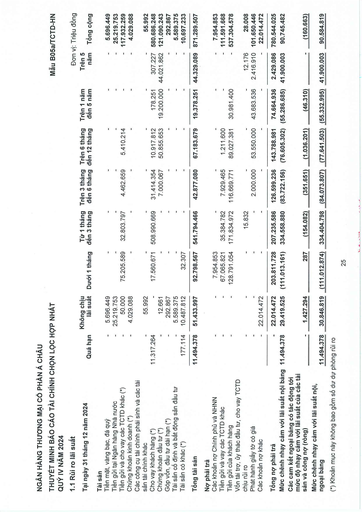
|1.1 Rủi ro lãi suất||||||||Đơn vị: Triệu đồng| |---|---|---|---|---|---|---|---|---| |Tại ngày 31 tháng 12 năm 2024|Quá hạn|Không chịu lãi suất|Dưới 1 tháng|Từ 1 tháng đến 3 tháng|Trên 3 tháng đến 6 tháng|Trên 6 tháng đến 12 tháng|Trên 1 năm đến 5 năm|Trên 5 năm|Tổng cộng| |Tài sản|||||||||| |Tiền mặt, vàng bạc, đá quý|-|5.696.449|-|-|-|-|-|-|5.696.449| |Tiền gửi tại Ngân hàng Nhà nước|-|25.219.753|-|-|-|-|-|-|25.219.753| |Tiền gửi và cho vay các TCTD khác (*)|-|50.000|75.205.589|32.803.797|4.462.659|5.410.214|-|-|117.932.259| |Chứng khoán kinh doanh (*)|-|4.029.088|-|-|-|-|-|-|4.029.088| |Các công cụ tài chính phái sinh và các tài|||||||||| |sản tài chính khác|-|55.992|-|-|-|-|-|-|55.992| |Cho vay khách hàng (*)|11.317.264|-|17.560.671|508.990.669|31.414.354|10.917.812|178.251|307.227|580.686.248| |Chứng khoán đầu tư (*)|-|12.661|-|-|7.000.067|50.855.653|19.200.000|44.021.862|121.090.243| |Góp vốn, đầu tư dài hạn (*)|-|292.867|-|-|-|-|-|-|292.867| |Tài sản cố định và bất động sản đầu tư|-|5.589.375|-|-|-|-|-|-|5.589.375| |Tài sản có khác (*)|177.114|10.487.812|32.307|-|-|-|-|-|10.697.233| |Tổng tài sản|11.494.378|51.433.997|92.798.567|541.794.466|42.877.080|67.183.679|19.378.251|44.329.089|871.289.507| |Nợ phải trả|||||||||| |Các khoản nợ Chính phủ và NHNN|-|-|7.954.853|-|-|-|-|-|7.954.853| |Tiền gửi và vay các TCTD khác|-|-|67.065.821|35.384.782|7.929.465|1.211.600|-|-|111.591.668| |Tiền gửi của khách hàng|-|-|128.791.054|171.834.972|116.669.771|89.027.381|30.981.400|-|537.304.578| |Vốn tài trợ, ủy thác đầu tư, cho vay TCTD|||||||||| |chịu rủi ro|-|-|-|15.832|-|-|-|12.176|28.008| |Phát hành giấy tờ có giá|-|-|-|-|2.000.000|53.550.000|43.683.536|2.416.910|101.650.446| |Các khoản nợ khác|-|22.014.472|-|-|-|-|-|-|22.014.472| |Tổng nợ phải trả|-|22.014.472|203.811.728|207.235.586|126.599.236|143.788.981|74.664.936|2.429.086|780.544.025| |Mức chênh nhạy cảm với lãi suất nội bảng|11.494.378|29.419.525|(111.013.161)|334.558.880|(83.722.156)|(76.605.302)|(55.286.685)|41.900.003|90.745.482| |Các cam kết ngoại bảng có tác động tới mức độ nhạy cảm với lãi suất của các tài sản và công nợ (ròng)|-|1.427.294|287|(154.082)|(351.651)|(1.036.201)|(46.310)|-|(160.663)| |Mức chênh nhạy cảm với lãi suất nội, ngoại bảng|11.494.378|30.846.819|(111.012.874)|334.404.798|(84.073.807)|(77.641.503)|(55.332.995)|41.900.003|90.584.819|